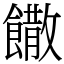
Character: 饊